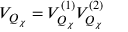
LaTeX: { \cal V } _ { { \cal Q } _ { \chi } } = { \cal V } _ { { \cal Q } _ { \chi } } ^ { ( 1 ) } { \cal V } _ { { \cal Q } _ { \chi } } ^ { ( 2 ) }